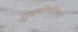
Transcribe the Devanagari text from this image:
शुद्धगतिकीमध्ये